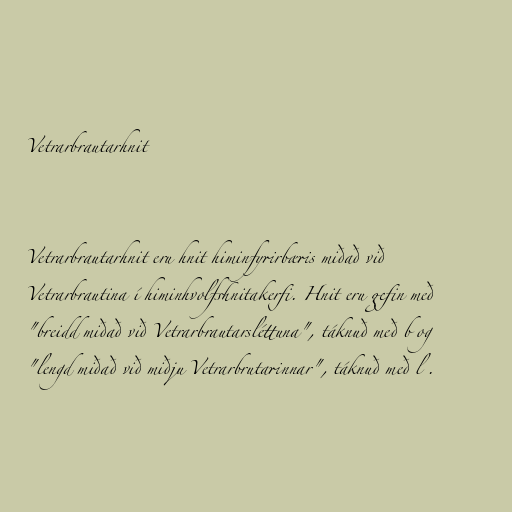
Vetrarbrautarhnit

Vetrarbrautarhnit eru hnit himinfyrirbæris miðað við
Vetrarbrautina í himinhvolfshnitakerfi. Hnit eru gefin með
"breidd miðað við Vetrarbrautarsléttuna", táknuð með b og
"lengd miðað við miðju Vetrarbrutarinnar", táknuð með l .